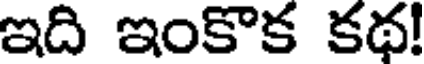
ఇది ఇంకొక కథ!